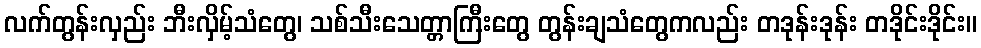
လက်တွန်းလှည်း ဘီးလှိမ့်သံတွေ၊ သစ်သီးသေတ္တာကြီးတွေ တွန်းချသံတွေကလည်း တဒုန်းဒုန်း တဒိုင်းဒိုင်း။